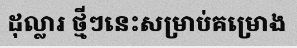
ដុល្លារ ថ្មីៗនេះសម្រាប់គម្រោង